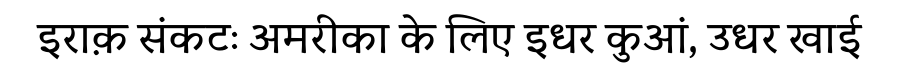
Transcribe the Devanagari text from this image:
इराक़ संकटः अमरीका के लिए इधर कुआं, उधर खाई